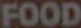
FOOD